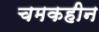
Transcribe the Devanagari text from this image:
चमकहीन